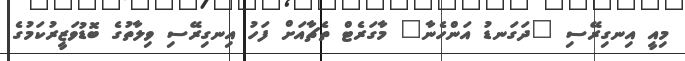
މިއީ އިނގިރޭސި "ދަގަނޑު އަންހެނާ" މާގަރެޓް ތެޗާއަށް ފަހު އިނގިރޭސި ވިލާތުގެ ބޮޑުވަޒީރުކަމުގެ